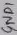
Text: GND1